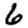
Digit: 6